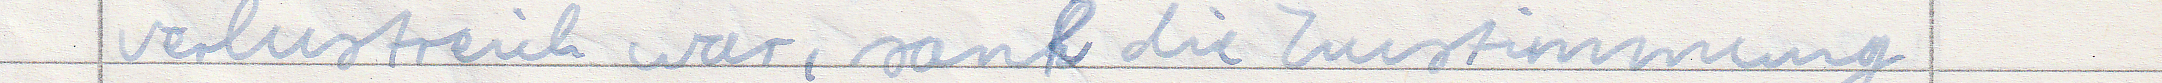
verlustreich war, sank die Zustimmung